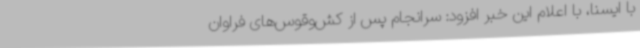
با ایسنا، با اعلام این خبر افزود: سرانجام پس از کش‌وقوس‌های فراوان